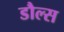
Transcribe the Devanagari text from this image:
डौल्स